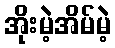
အိုးမဲ့အိမ်မဲ့